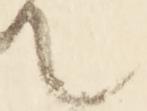
て